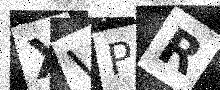
Text: XVPR